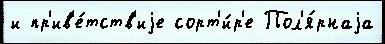
и пр'ив'е́тств'иjе сорт'и́р'е Пол'я́рнаjа